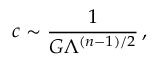
c \sim { \frac { 1 } { G \Lambda ^ { ( n - 1 ) / 2 } } } \, ,